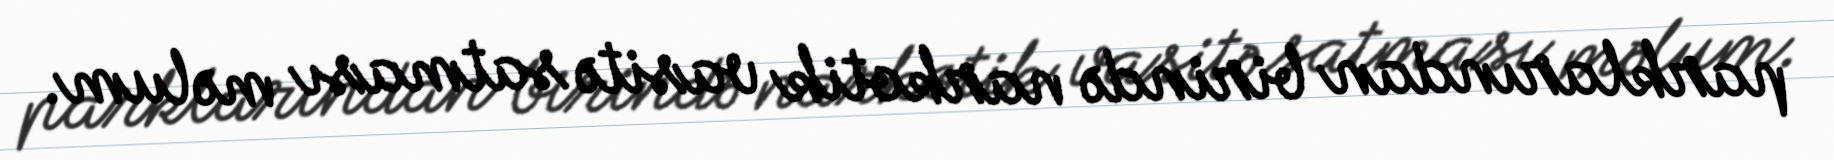
parklarından birində narkotik vasitə satması məlum.